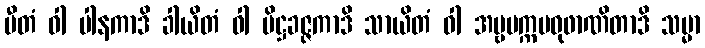
ပီတံ ဝါ ပါနကာဒိ ခါယိတံ ဝါ ပိဋ္ဌခဇ္ဇကာဒိ သာယိတံ ဝါ အမ္ဗပက္ကမဓုဖာဏိတာဒိ သမ္မာ